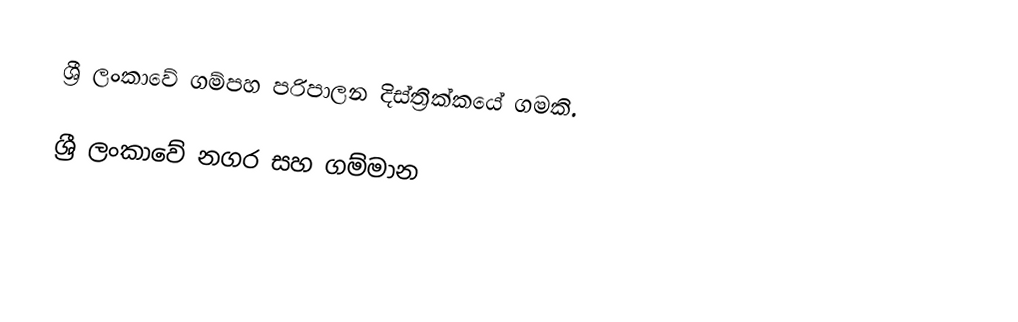
ශ්‍රී ලංකාවේ ගම්පහ පරිපාලන දිස්ත්‍රික්කයේ ගමකි.

ශ්‍රී ලංකාවේ නගර සහ ගම්මාන